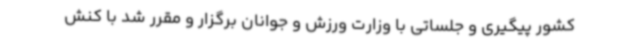
کشور پیگیری و جلساتی با وزارت ورزش و جوانان برگزار و مقرر شد با کنش